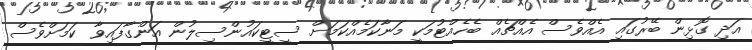
އަދި ގޮޅިން ބޭރުގައި އެއްވެސް އެއްޗެއް ބެހެއްޓުމަކީ މަނާކަމެއްކަމަށް ސީޓީކައުންސިލުން އަންގާފައިވާ ކަމަށްވެސް